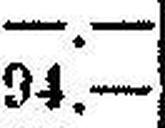
94.—